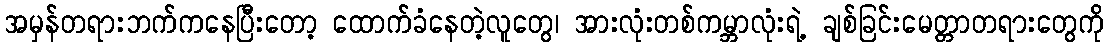
အမှန်တရားဘက်ကနေပြီးတော့ ထောက်ခံနေတဲ့လူတွေ၊ အားလုံးတစ်ကမ္ဘာလုံးရဲ့ ချစ်ခြင်းမေတ္တာတရားတွေကို